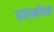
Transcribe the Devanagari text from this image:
कालबोधक